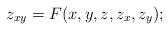
LaTeX: \begin{align*}z_{xy} = F(x,y,z,z_x,z_y);\end{align*}